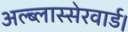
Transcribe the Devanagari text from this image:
अल्ब्लास्सेरवार्ड।